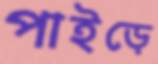
পাইড়ে